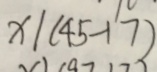
x \vert ( 4 5 - 1 7 )